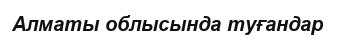
Алматы облысында туғандар